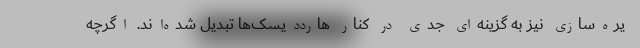
یره‌سازی نیز به گزینه‌ای جدی در کنار هارددیسک‌ها تبدیل شده‌اند. اگرچه